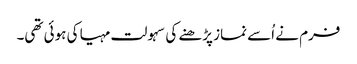
فرم نے اُسے نماز پڑھنے کی سہولت مہیا کی ہوئی تھی۔